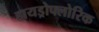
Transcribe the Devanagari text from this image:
हायड्रोफ्लोरिक